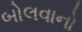
બોલવાનો